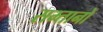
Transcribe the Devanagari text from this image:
सम्तानों